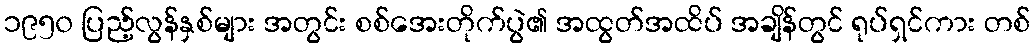
၁၉၅၀ ပြည့်လွန်နှစ်များ အတွင်း စစ်အေးတိုက်ပွဲ၏ အထွတ်အထိပ် အချိန်တွင် ရုပ်ရှင်ကား တစ်